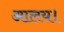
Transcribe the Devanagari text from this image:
आलय।